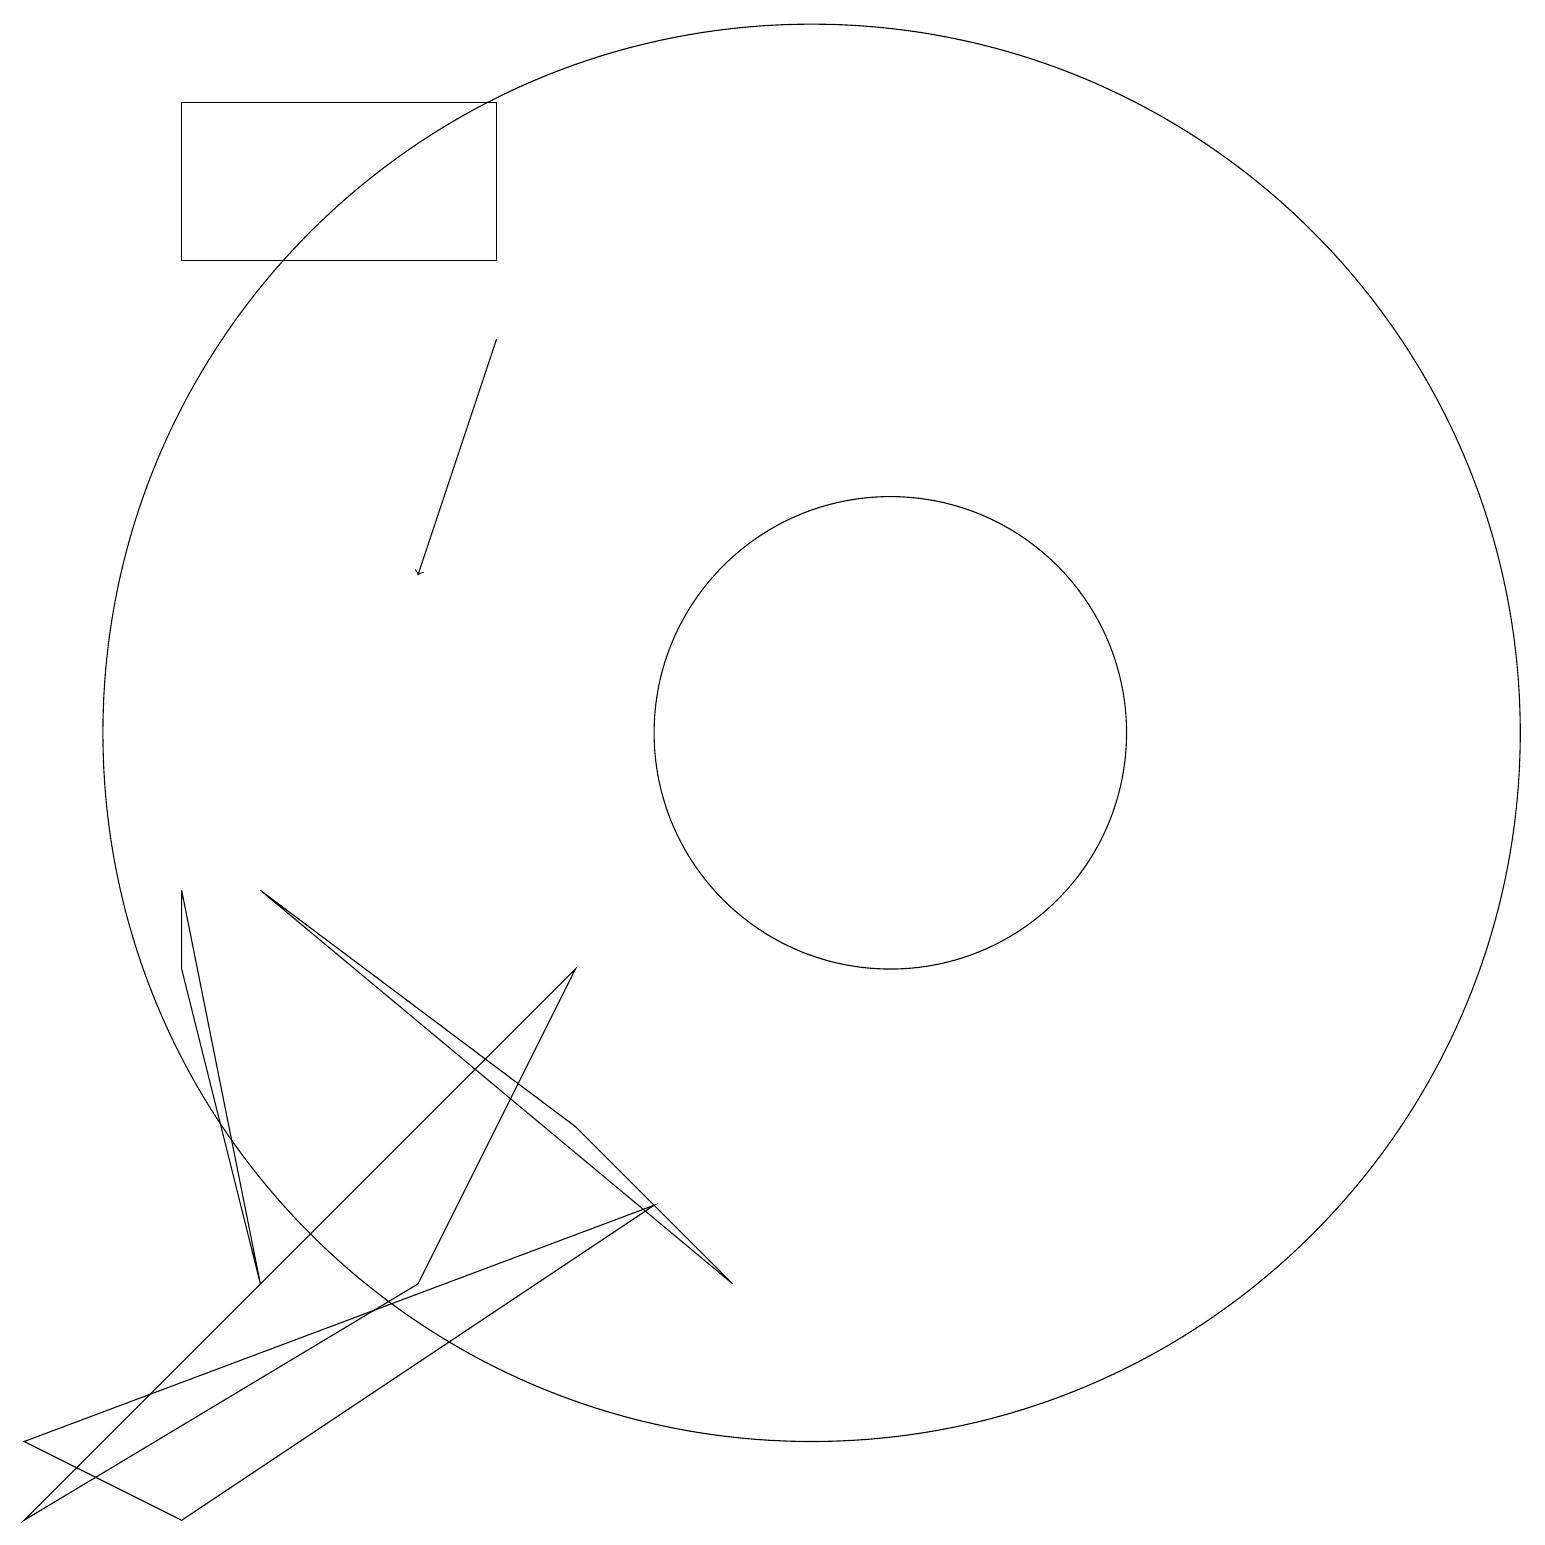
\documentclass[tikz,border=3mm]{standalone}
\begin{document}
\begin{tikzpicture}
\draw (2,9) -- (3,4) -- (2,8) -- cycle;
\draw (3,9) -- (9,4) -- (7,6) -- cycle;
\draw (10,11) circle (9);
\draw (0,1) -- (7,8) -- (5,4) -- cycle;
\draw (2,1) -- (8,5) -- (0,2) -- cycle;
\draw[->] (6,16) -- (5,13);
\draw (2,19) rectangle (6,17);
\draw (11,11) circle (3);
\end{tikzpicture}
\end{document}